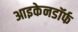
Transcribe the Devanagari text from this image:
आइकेनडॉर्फ